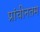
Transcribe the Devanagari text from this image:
प्रांचीनतम